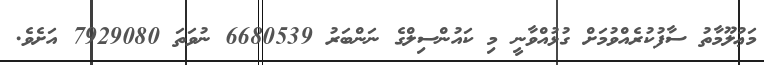
މަޢުލޫމާތު ސާފުކުރެއްވުމަށް ގުޅުއްވާނީ މި ކައުންސިލްގެ ނަންބަރު 6680539 ނުވަތަ 7929080 އަށެވެ.